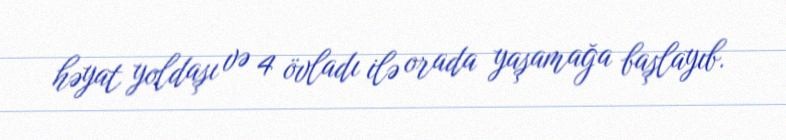
həyat yoldaşı və 4 övladı ilə orada yaşamağa başlayıb.